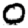
Digit: 0